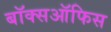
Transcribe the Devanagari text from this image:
बॉक्सऑफिस